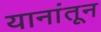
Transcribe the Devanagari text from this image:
यानांतून